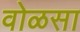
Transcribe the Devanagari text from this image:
वोळसा